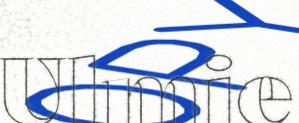
Ulmie